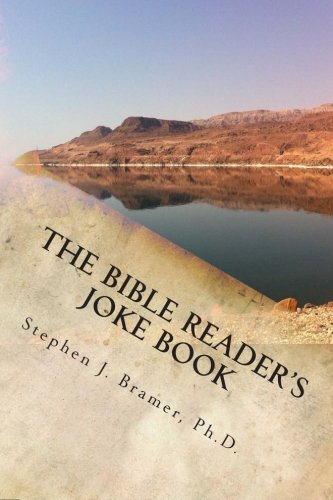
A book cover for The Bible Reader's Joke Book: A collection of over 2,000 jokes, puns, humorous stories, and funny sayings related to the Bible:  arranged from Genesis to Revelation; Stephen J Bramer Ph.D.; Humor & Entertainment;